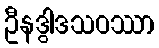
ဦနဒွါဒသဝဿာ